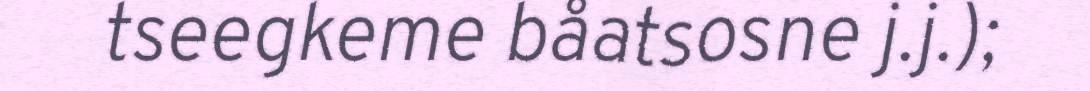
tseegkeme båatsosne j.j.);